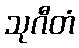
သုဂီတံ